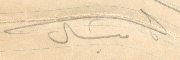
ميشال